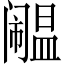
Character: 𫔹